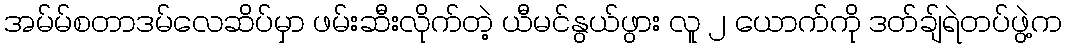
အမ်မ်စတာဒမ်လေဆိပ်မှာ ဖမ်းဆီးလိုက်တဲ့ ယီမင်နွယ်ဖွား လူ ၂ ယောက်ကို ဒတ်ချ်ရဲတပ်ဖွဲ့က